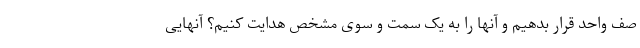
صف واحد قرار بدهیم و آنها را به یک سمت و سوی مشخص هدایت کنیم؟ آنهایی